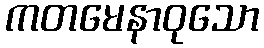
ကတမေနာဝုသော